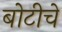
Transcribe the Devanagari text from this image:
बोटीचे